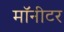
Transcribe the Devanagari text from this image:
माॅनीटर